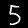
Digit: 5